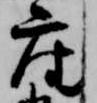
座